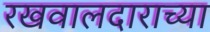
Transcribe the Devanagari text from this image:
रखवालदाराच्या